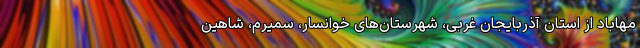
مهاباد از استان آذربایجان غربی، شهرستان‌های خوانسار، سمیرم، شاهین